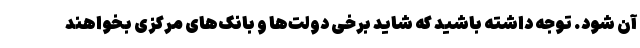
آن شود. توجه داشته باشید که شاید برخی دولت‌ها و بانک‌های مرکزی بخواهند